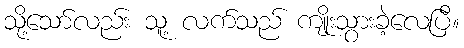
သို့သော်လည်း သူ့ လက်သည် ကျိုးသွားခဲ့လေပြီ။